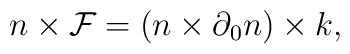
n\times {\cal F}=(n\times\partial_0 n)\times k,